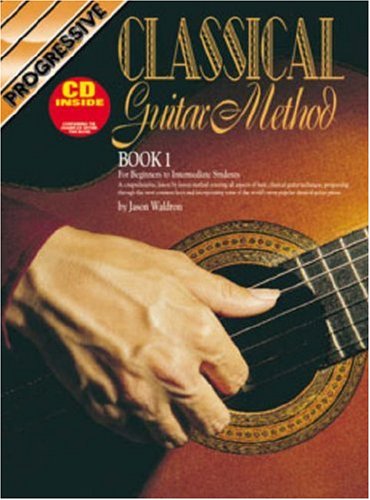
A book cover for Progressive Classical Guitar Method: For Beginner to Intermediate Students [Book 1]; Jason Waldron; Teen & Young Adult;